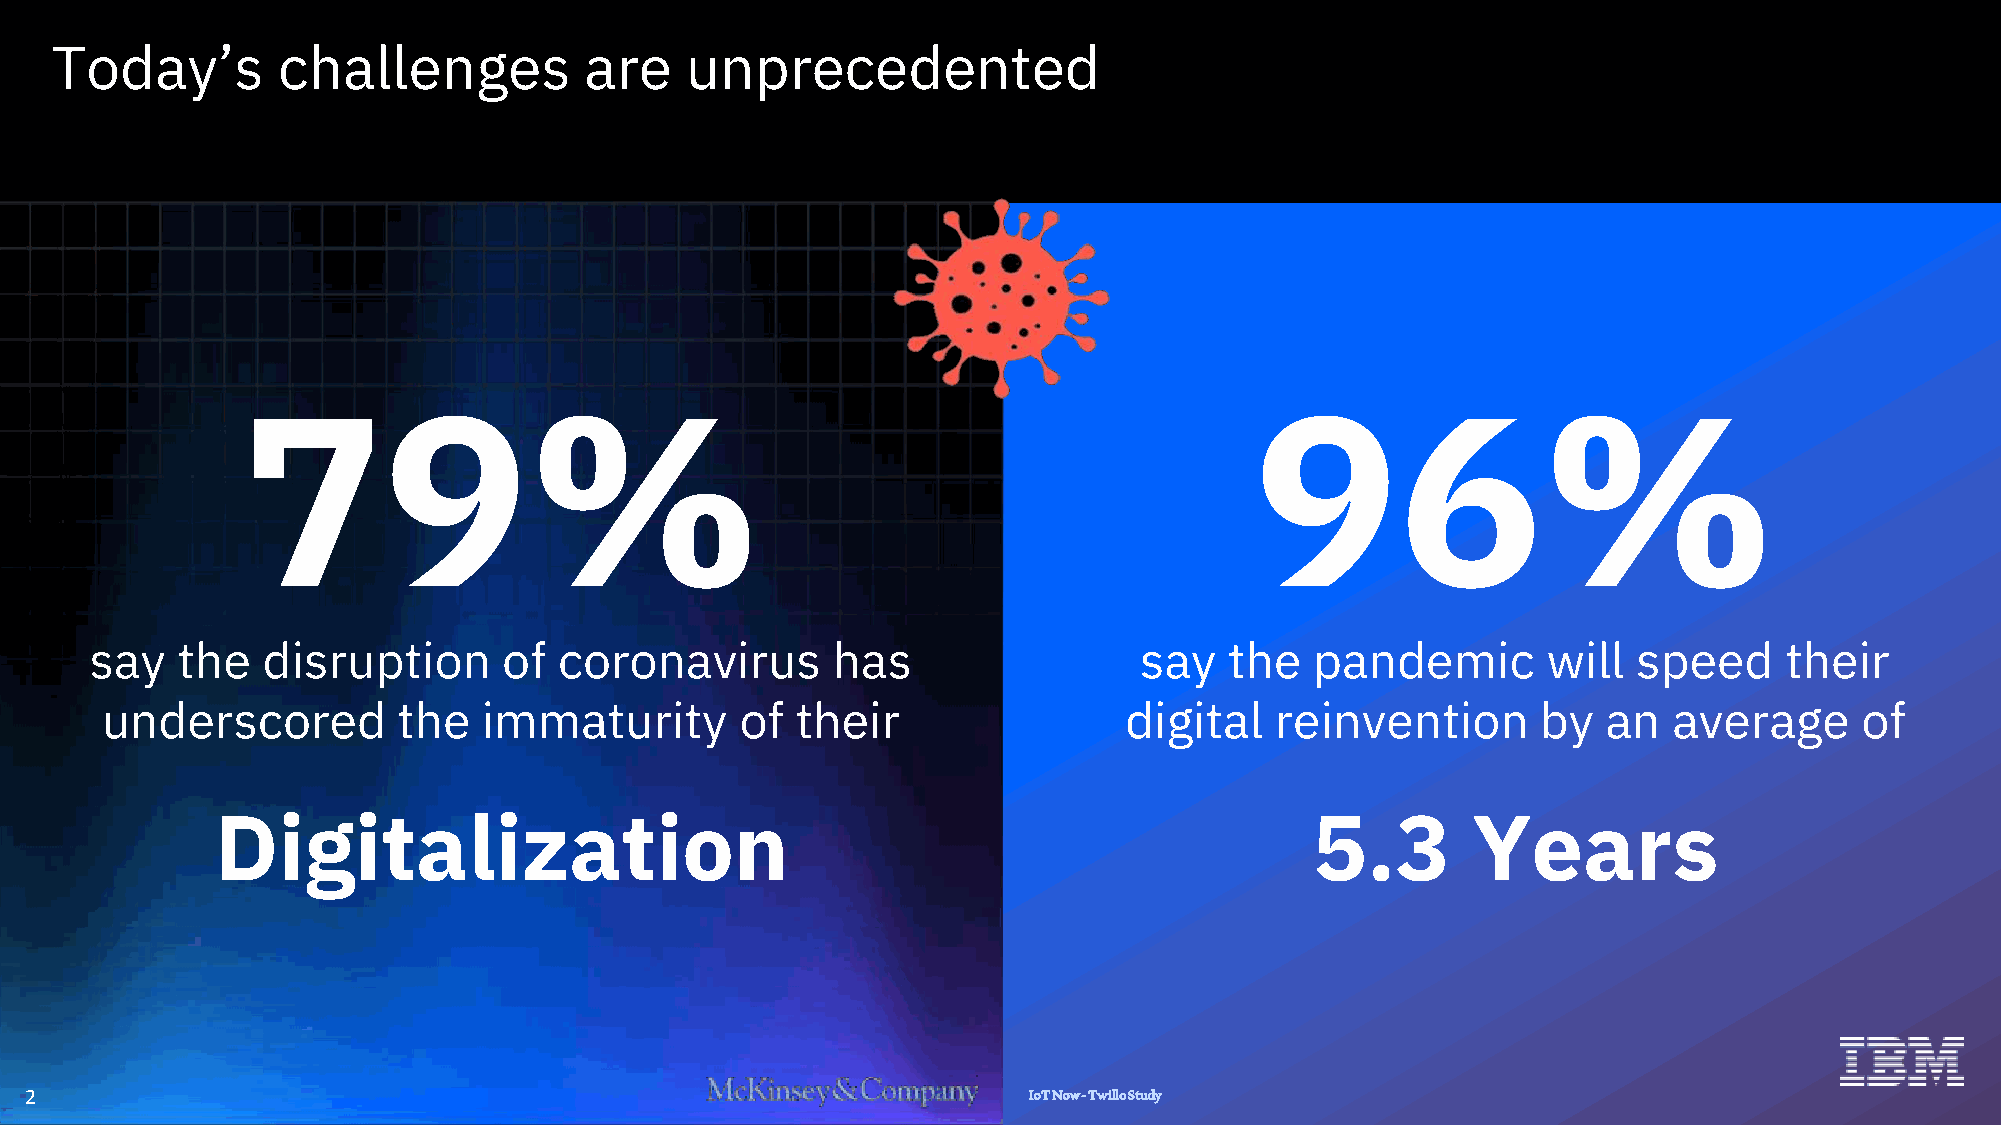
Today’s        challenges           are   unprecedented
 79%                                                                96%
 say   the  disruption      of  coronavirus       has                 say   the   pandemic       will  speed     their
 underscored        the   immaturity       of  their                digital   reinvention       by  an   average     of
 Digitalization                                                           5.3       Years
 2                                                                 IoT Now -Twillo Study